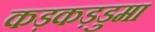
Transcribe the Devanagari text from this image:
कड़कड़डुमा